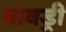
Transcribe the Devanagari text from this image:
बावड्री